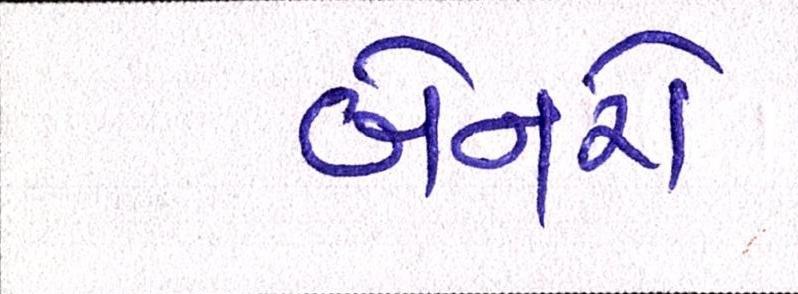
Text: બેનરો